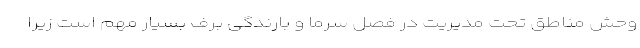
وحش مناطق تحت مدیریت در فصل سرما و بارندگی برف بسیار مهم است زیرا